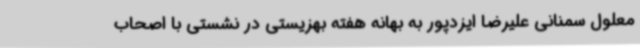
معلول سمنانی علیرضا ایزدپور به بهانه هفته بهزیستی در نشستی با اصحاب